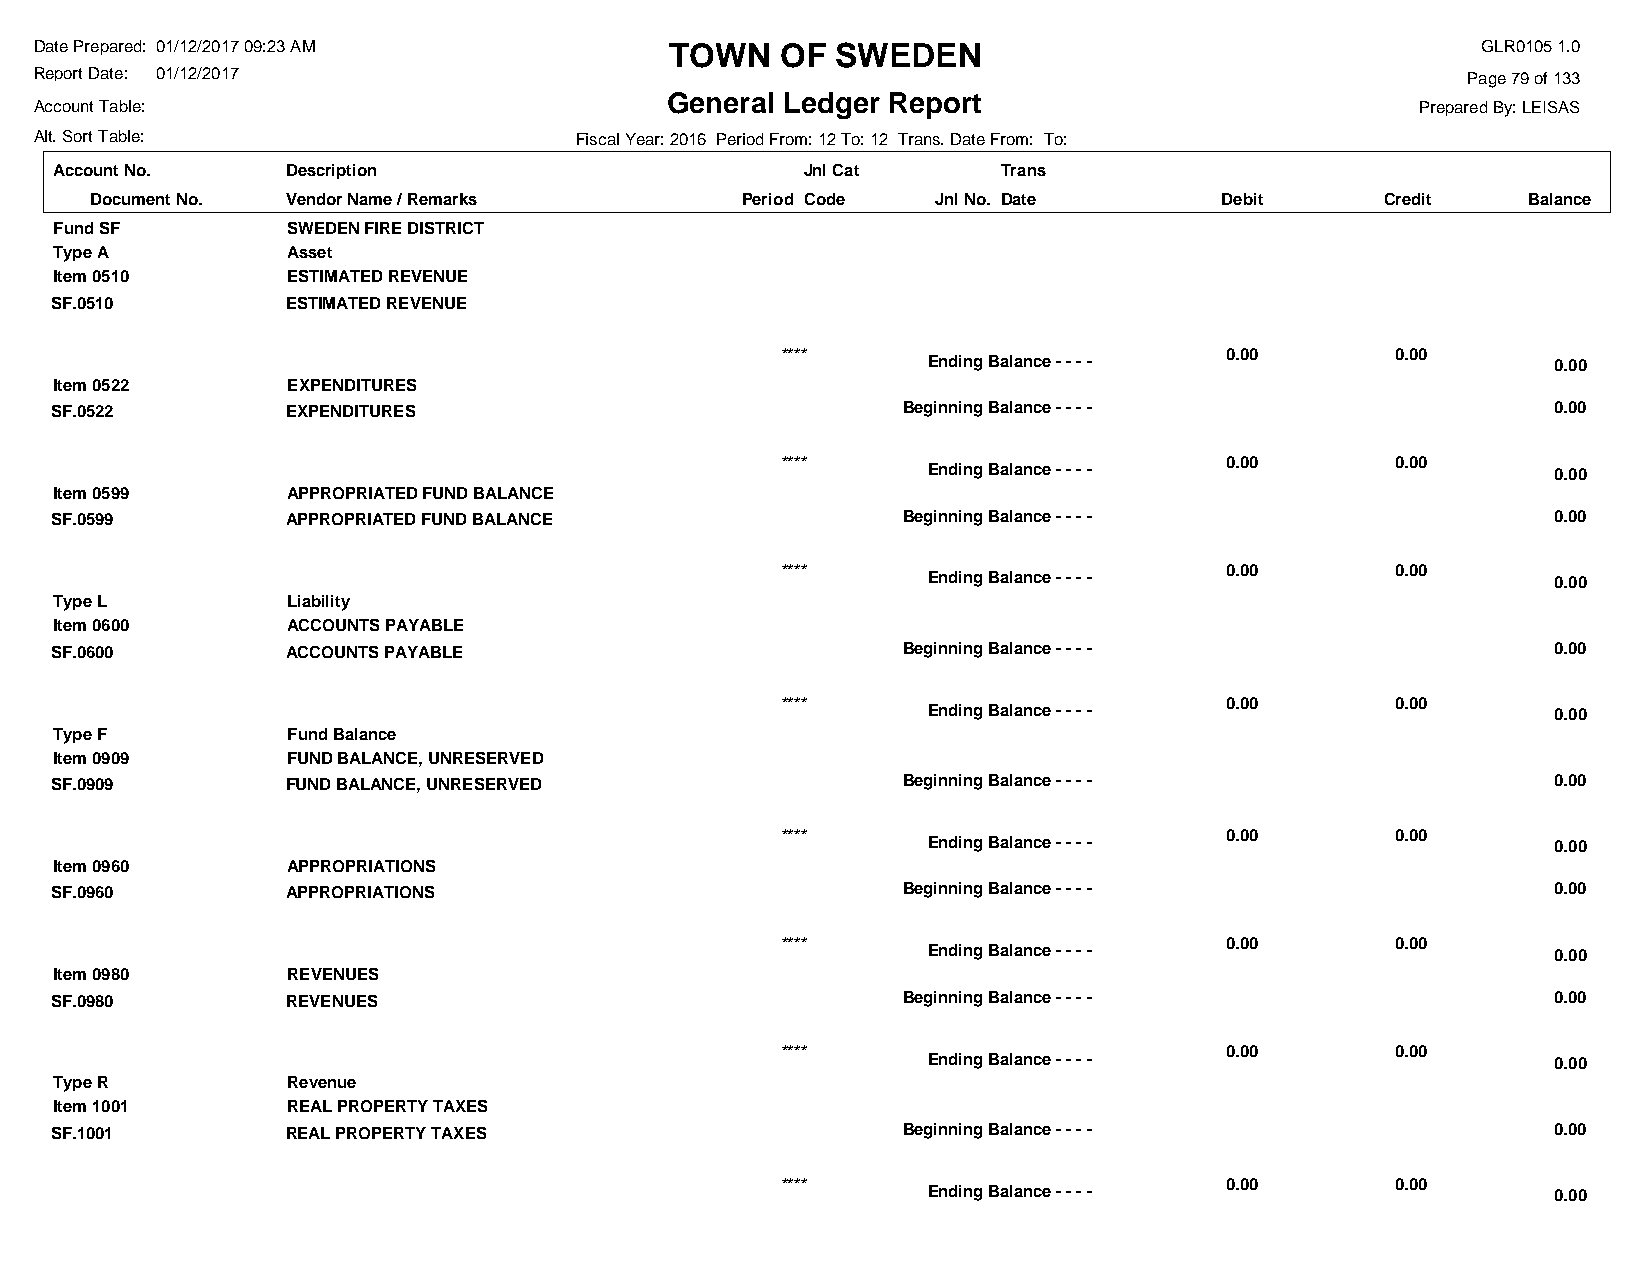
Date Prepared: 01/12/2017 09:23 AM        TOWN    OF SWEDEN                                     GLR0105 1.0
 Report Date: 01/12/2017                                                                        Page 79 of 133
 General Ledger Report
 Account Table:                                                                              Prepared By: LEISAS
 Alt. Sort Table:                    Fiscal Year: 2016 Period From: 12 To: 12 Trans. Date From: To:
 Account No.    Description                       Jnl Cat      Trans
 Document No. Vendor Name / Remarks         Period Code  Jnl No. Date       Debit      Credit   Balance
 Fund SF        SWEDEN FIRE DISTRICT
 Type A         Asset
 Item 0510      ESTIMATED REVENUE
 SF.0510         ESTIMATED REVENUE
 ****                         0.00       0.00
 Ending Balance - - - -                    0.00
 Item 0522      EXPENDITURES
 SF.0522         EXPENDITURES                             Beginning Balance - - - -                  0.00
 ****                         0.00       0.00
 Ending Balance - - - -                    0.00
 Item 0599      APPROPRIATED FUND BALANCE
 SF.0599         APPROPRIATED FUND BALANCE                Beginning Balance - - - -                  0.00
 ****                         0.00       0.00
 Ending Balance - - - -                    0.00
 Type L         Liability
 Item 0600      ACCOUNTS PAYABLE
 SF.0600         ACCOUNTS PAYABLE                         Beginning Balance - - - -                  0.00
 ****                         0.00       0.00
 Ending Balance - - - -                    0.00
 Type F         Fund Balance
 Item 0909      FUND BALANCE, UNRESERVED
 SF.0909         FUND BALANCE, UNRESERVED                 Beginning Balance - - - -                  0.00
 ****                         0.00       0.00
 Ending Balance - - - -                    0.00
 Item 0960      APPROPRIATIONS
 SF.0960         APPROPRIATIONS                           Beginning Balance - - - -                  0.00
 ****                         0.00       0.00
 Ending Balance - - - -                    0.00
 Item 0980      REVENUES
 SF.0980         REVENUES                                 Beginning Balance - - - -                  0.00
 ****                         0.00       0.00
 Ending Balance - - - -                    0.00
 Type R         Revenue
 Item 1001      REAL PROPERTY TAXES
 SF.1001         REAL PROPERTY TAXES                      Beginning Balance - - - -                  0.00
 ****                         0.00       0.00
 Ending Balance - - - -                    0.00